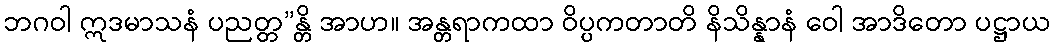
ဘဂဝါ ဣဒမာသနံ ပညတ္တ”န္တိ အာဟ။ အန္တရာကထာ ဝိပ္ပကတာတိ နိသိန္နာနံ ဝေါ အာဒိတော ပဋ္ဌာယ